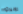
روبيرتو